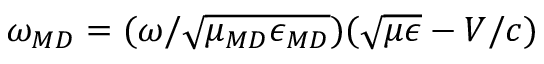
\omega _ { \/ { M D } } = ( \omega / \sqrt { \mu _ { \/ { M D } } \epsilon _ { \/ { M D } } } ) ( \sqrt { \mu \epsilon } - V / c )